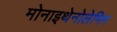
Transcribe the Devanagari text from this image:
मोनाइथेनोलेमिन